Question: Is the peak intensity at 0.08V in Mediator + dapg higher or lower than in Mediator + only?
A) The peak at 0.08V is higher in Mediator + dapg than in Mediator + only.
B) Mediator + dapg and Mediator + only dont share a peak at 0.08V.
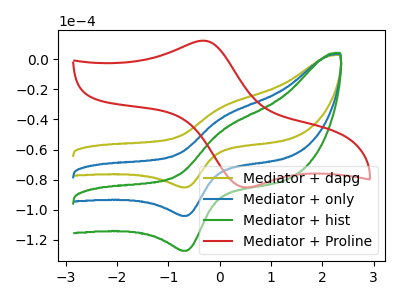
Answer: <think>The olive curve "Mediator + dapg" has an anodic peak at (0.10V, -31.30uA) and a cathodic peak at (-0.65V, -85.15uA). The blue curve "Mediator + only" has an anodic peak at (0.10V, -38.25uA) and a cathodic peak at (-0.65V, -104.15uA). The green curve "Mediator + hist" has an anodic peak at (0.10V, -76.50uA) and a cathodic peak at (-0.65V, -208.25uA). The red curve "Mediator + Proline" has an anodic peak at (-0.30V, 12.35uA) and a cathodic peak at (0.50V, -85.15uA).</think>
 <answer>A) The peak at 0.08V is higher in "Mediator + dapg" than in "Mediator + only".</answer>
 <eval>A</eval>